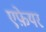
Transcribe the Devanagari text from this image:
एफ़ेयर